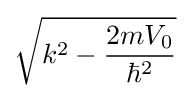
{\sqrt {k^{2}-{\frac {2mV_{0}}{\hbar ^{2}}}}}